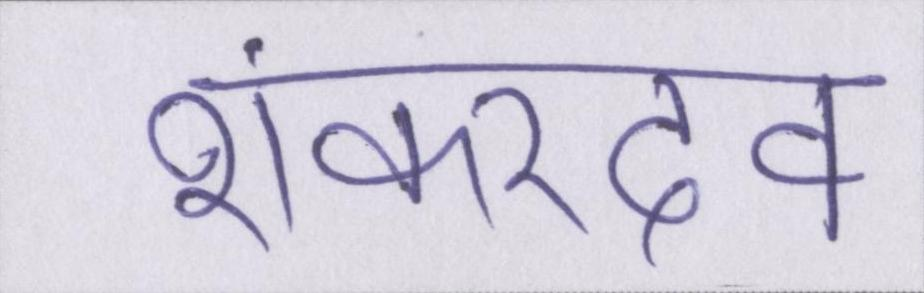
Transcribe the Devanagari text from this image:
शंकरदेव